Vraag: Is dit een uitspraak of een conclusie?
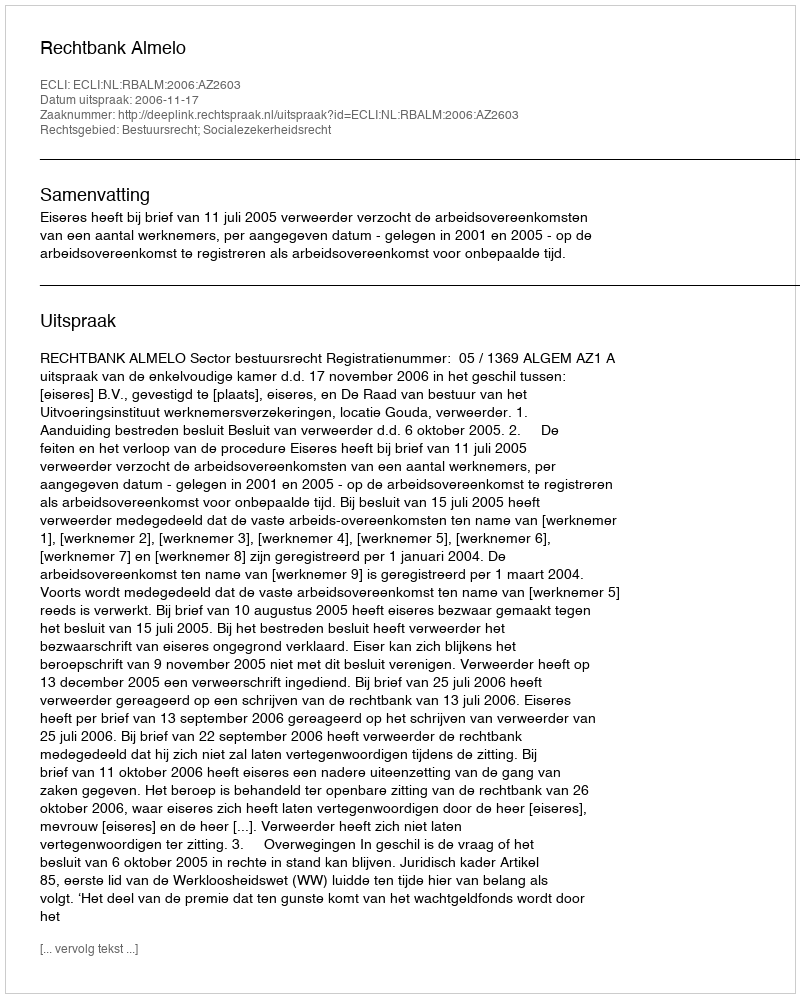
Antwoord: Uitspraak